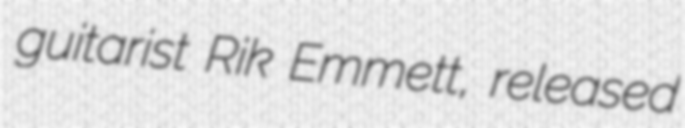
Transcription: guitarist Rik Emmett, released